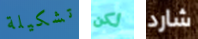
تشكيلة لكن شارد